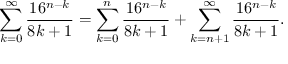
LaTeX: \sum _ { k = 0 } ^ { \infty } { \frac { 1 6 ^ { n - k } } { 8 k + 1 } } = \sum _ { k = 0 } ^ { n } { \frac { 1 6 ^ { n - k } } { 8 k + 1 } } + \sum _ { k = n + 1 } ^ { \infty } { \frac { 1 6 ^ { n - k } } { 8 k + 1 } } .